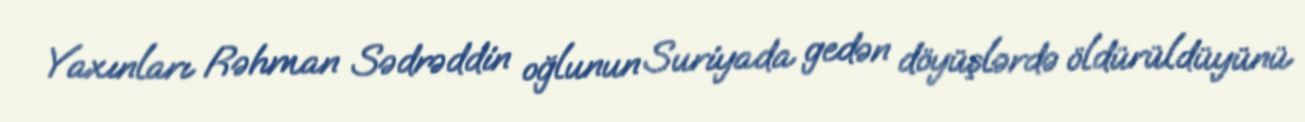
Yaxınları Rəhman Sədrəddin oğlunun Suriyada gedən döyüşlərdə öldürüldüyünü